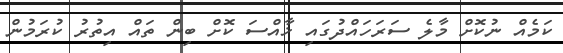
ކަމެއް ނުކޮޮށް މާލެ ސަރަހައްދުގައި ޚާއްސަ ކޮށް ބިން ތައް އިތުރު ކުރަމުން